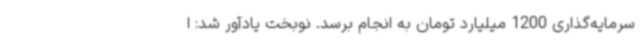
سرمایه‌گذاری 1200 میلیارد تومان به انجام برسد. نوبخت یادآور شد: ا